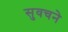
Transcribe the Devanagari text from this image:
सुवचने